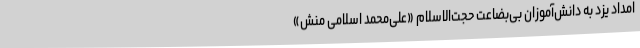
امداد یزد به دانش‌آموزان بی‌بضاعت حجت‌الاسلام «علی‌محمد اسلامی منش»